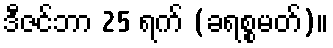
ဒီဇင်ဘာ 25 ရက် (ခရစ္စမတ်)။